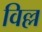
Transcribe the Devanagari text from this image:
विल्ल